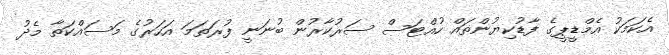
އެކަމަކު އެމްޑީޕީގެ ފާޑުކިޔުންތައް ހުއްޓަސް ސަރުކާރުން ބުނަނީ ފުރަތަމަ އަހަރުގެ މަސައްކަތާ މެދު